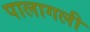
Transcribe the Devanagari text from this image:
पालागली